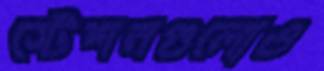
স্টেশনগুলোও